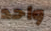
واحد